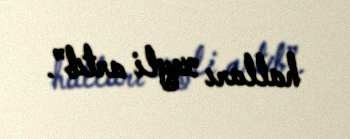
halları xeyli artıb”.